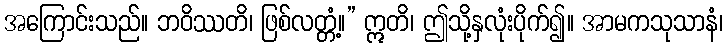
အကြောင်းသည်။ ဘဝိဿတိ၊ ဖြစ်လတ္တံ့။” ဣတိ၊ ဤသို့နှလုံးပိုက်၍။ အာမကသုသာနံ၊